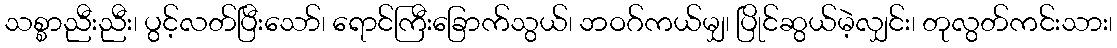
သစ္စာညီးညီး၊ ပွင့်လတ်ပြီးသော်၊ ရောင်ကြီးခြောက်သွယ်၊ ဘဝဂ်ကယ်မျှ၊ ပြိုင်ဆွယ်မဲ့လျှင်း၊ တုလွတ်ကင်းသား၊